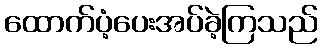
ထောက်ပံ့ပေးအပ်ခဲ့ကြသည်